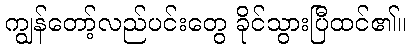
ကျွန်တော့်လည်ပင်းတွေ ခိုင်သွားပြီထင်၏။